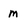
Character: M